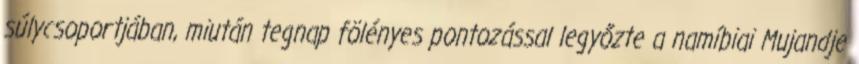
súlycsoportjában, miután tegnap fölényes pontozással legyőzte a namíbiai Mujandje